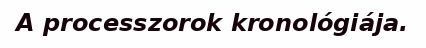
A processzorok kronológiája.